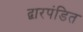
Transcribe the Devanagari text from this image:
द्वारपंडित